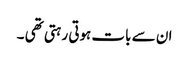
ان سے بات ہوتی رہتی تھی ۔